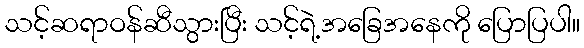
သင့်ဆရာဝန်ဆီသွားပြီး သင့်ရဲ့အခြေအနေကို ပြောပြပါ။